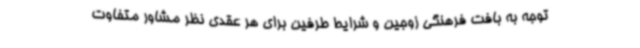
توجه به بافت فرهنگی زوجین و شرایط طرفین برای هر عقدی نظر مشاور متفاوت